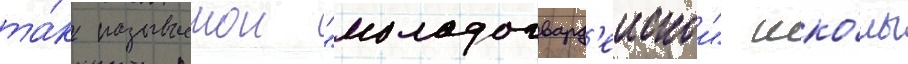
та́к называемои "молодогвард'еискои" шко́лы